Scottish Leaving Certificate Examination, 1961
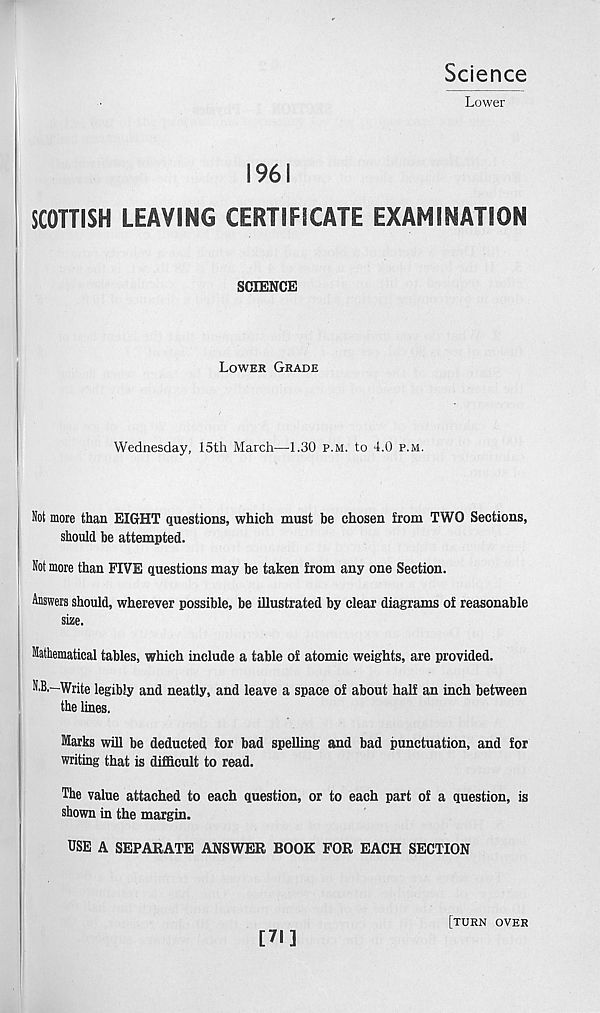
Science
Lower
1961
SCOTTISH LEAVING CERTIFICATE EXAMINATION
SCIENCE
Lower Grade
Wednesday, 15th March—-1.30 p.m. to 4.0 p.m.
Not more than EIGHT questions, which must be chosen from TWO Sections,
should be attempted.
Not more than FIVE questions may be taken from any one Section.
Answers should, wherever possible, be illustrated by clear diagrams of reasonable
size.
Mathematical tables, which include a table of atomic weights, are provided.
N.B.—Write legibly and neatly, and leave a space of about half an inch between
the lines.
Marks will be deducted for bad spelling and bad punctuation, and for
writing that is difficult to read.
The value attached to each question, or to each part of a question, is
shown in the margin.
USE A SEPARATE ANSWER BOOK FOR EACH SECTION
[71]
[turn over